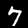
Label: 7